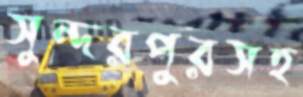
সুন্দরপুরসহ